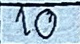
10